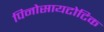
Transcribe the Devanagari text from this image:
पिनोसायटोटिक